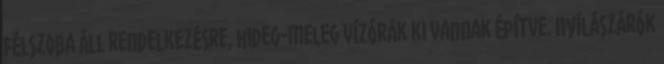
félszoba áll rendelkezésre, hideg-meleg vízórák ki vannak építve. Nyílászárók